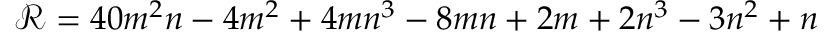
\mathcal { R } = 4 0 m ^ { 2 } n - 4 m ^ { 2 } + 4 m n ^ { 3 } - 8 m n + 2 m + 2 n ^ { 3 } - 3 n ^ { 2 } + n